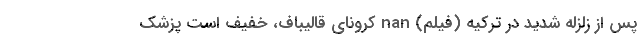
پس از زلزله شدید در ترکیه (فیلم) nan کرونای قالیباف، خفیف است پزشک